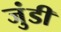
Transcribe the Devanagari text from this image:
जुंडी